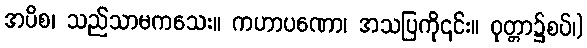
အပိစ၊ သည်သာမကသေး။ ကဟာပဏော၊ အသပြကို၎င်း။ ဝုတ္တာ၌စပ်၊)